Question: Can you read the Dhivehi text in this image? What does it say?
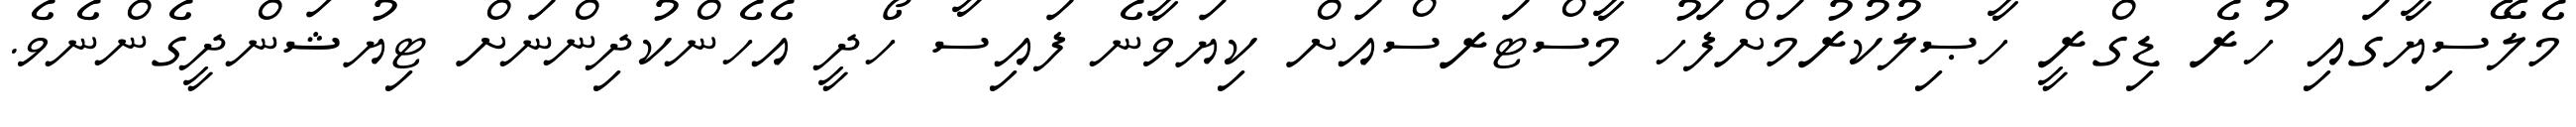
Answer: މެލޭސިޔާގައި ހުރެ ޑިގްރީ ހާޞިލުކުރުމަށްފަހު މާސްޓަރސްއަށް ކިޔަވާނެ ފައިސާ ހޯދީ އެހެންކުދިންނަށް ޓިޔުޝަންދީގެންނެވެ.